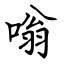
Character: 嗡